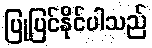
ပြုပြင်နိုင်ပါသည်